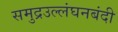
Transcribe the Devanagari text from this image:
समुद्रउल्लंघनबंदी